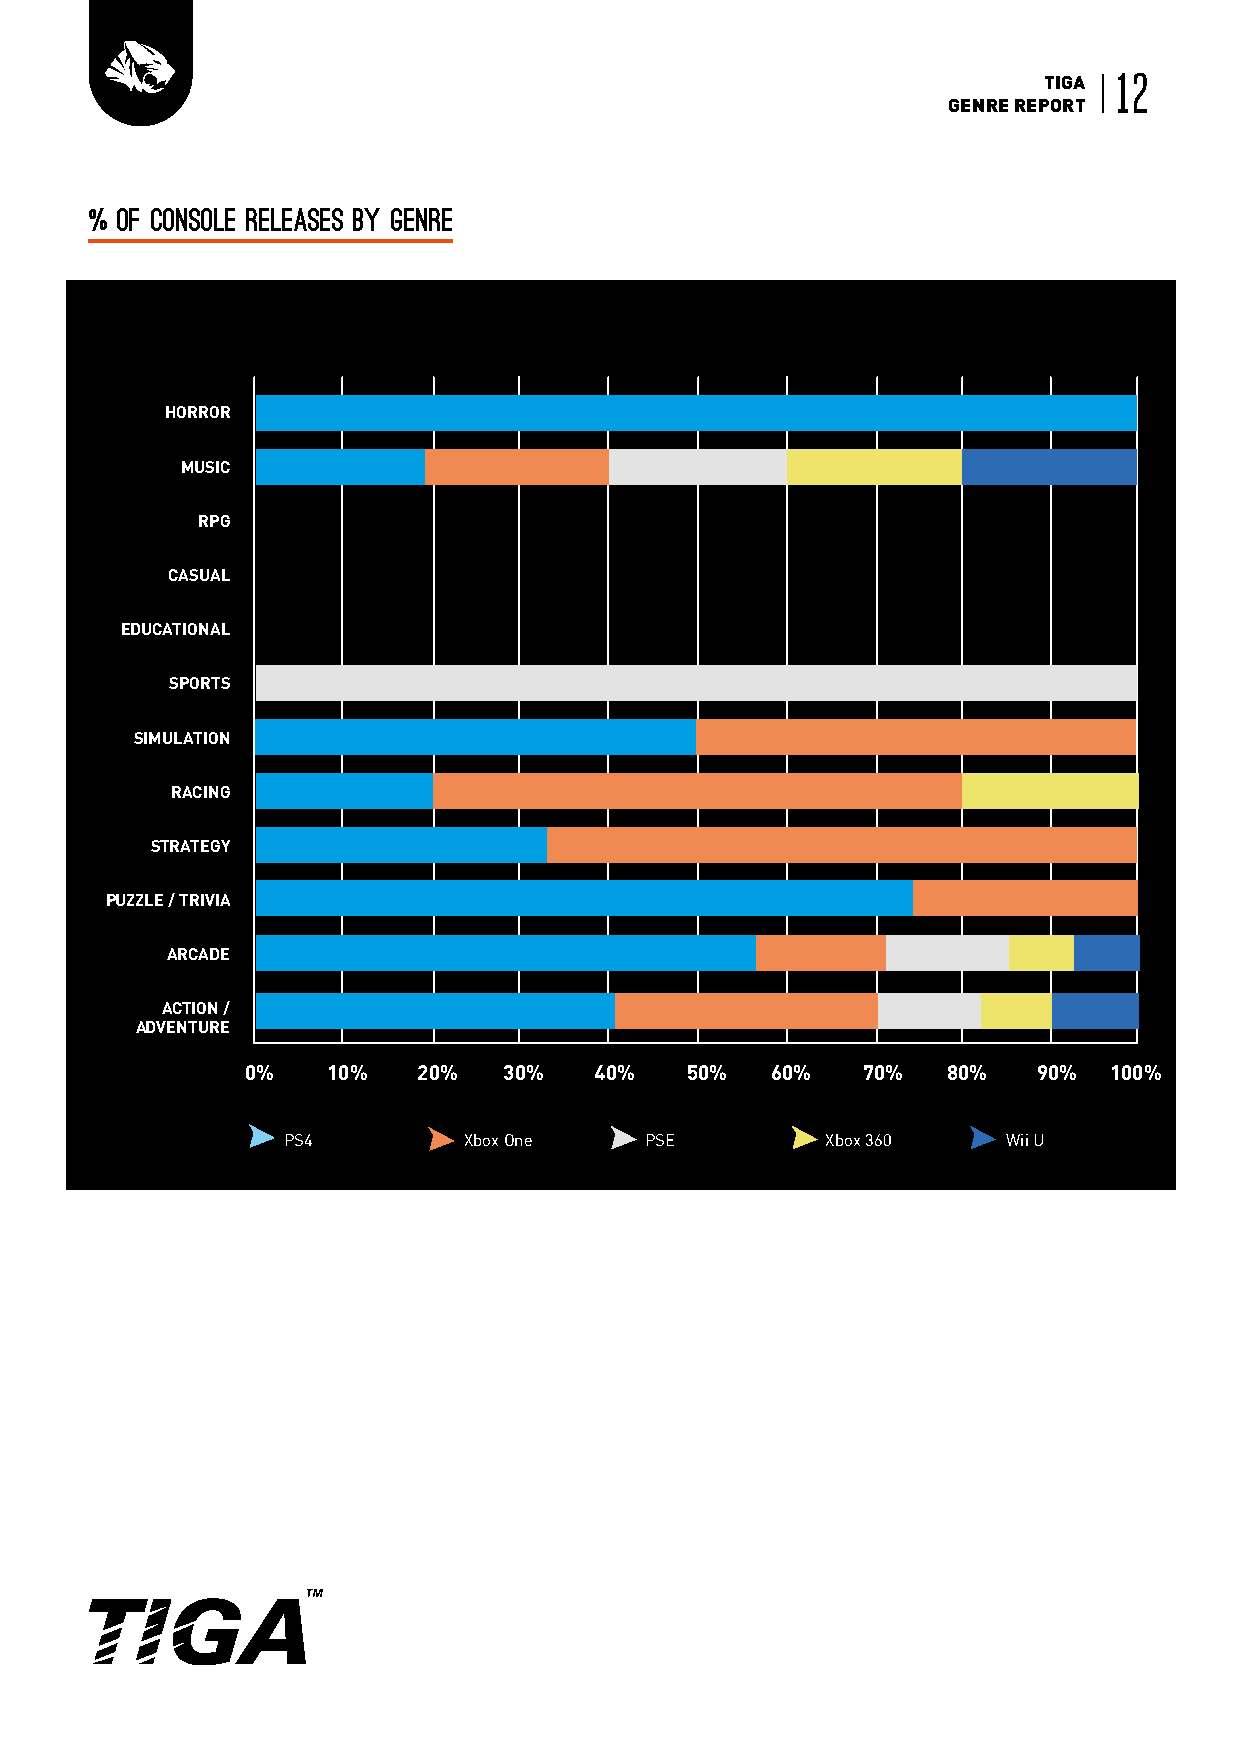
TIGA 12
 GENRE REPORT
 % of console releases by genre
 HORROR
 MUSIC
 RPG
 CASUAL
 EDUCATIONAL
 SPORTS
 SIMULATION
 RACING
 STRATEGY
 PUZZLE / TRIVIA
 ARCADE
 ACTION /
 ADVENTURE
 0%    10%   20%  30%   40%   50%   60%   70%   80%   90% 100%
 PS4         Xbox One    PSE         Xbox 360    Wii U